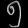
Digit: ၅